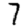
Digit: 7